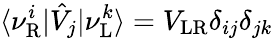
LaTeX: \langle\nu_{\mathrm{R}}^{i}|\hat{V}_{j}|\nu_{\mathrm{L}}^{k}\rangle=V_{\mathrm{LR}}\delta_{ij}\delta_{jk}